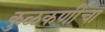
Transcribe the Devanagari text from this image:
कुळकर्णींचा